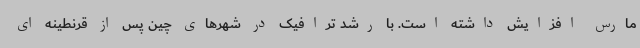
مارس افزایش داشته است. با رشد ترافیک در شهرهای چین پس از قرنطینه ای